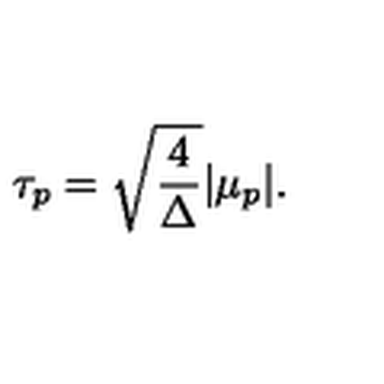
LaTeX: \tau _ { p } = \sqrt { { \frac { 4 } { \Delta } } } | \mu _ { p } | .